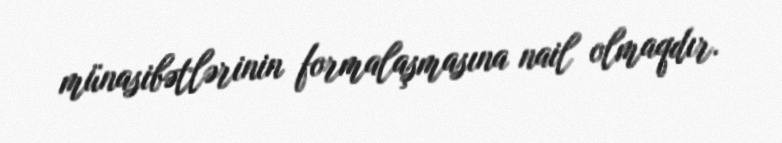
münasibətlərinin formalaşmasına nail olmaqdır.